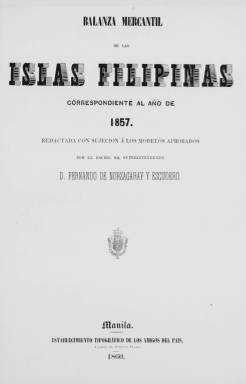
Título: Balanza mercantil de las Islas Filipinas correspondiente al año ...
Colección: Economía
Ámbito geográfico: Filipinas
Lugar de publicación: Manila
Fechas: 01/01/1857-31/12/1857